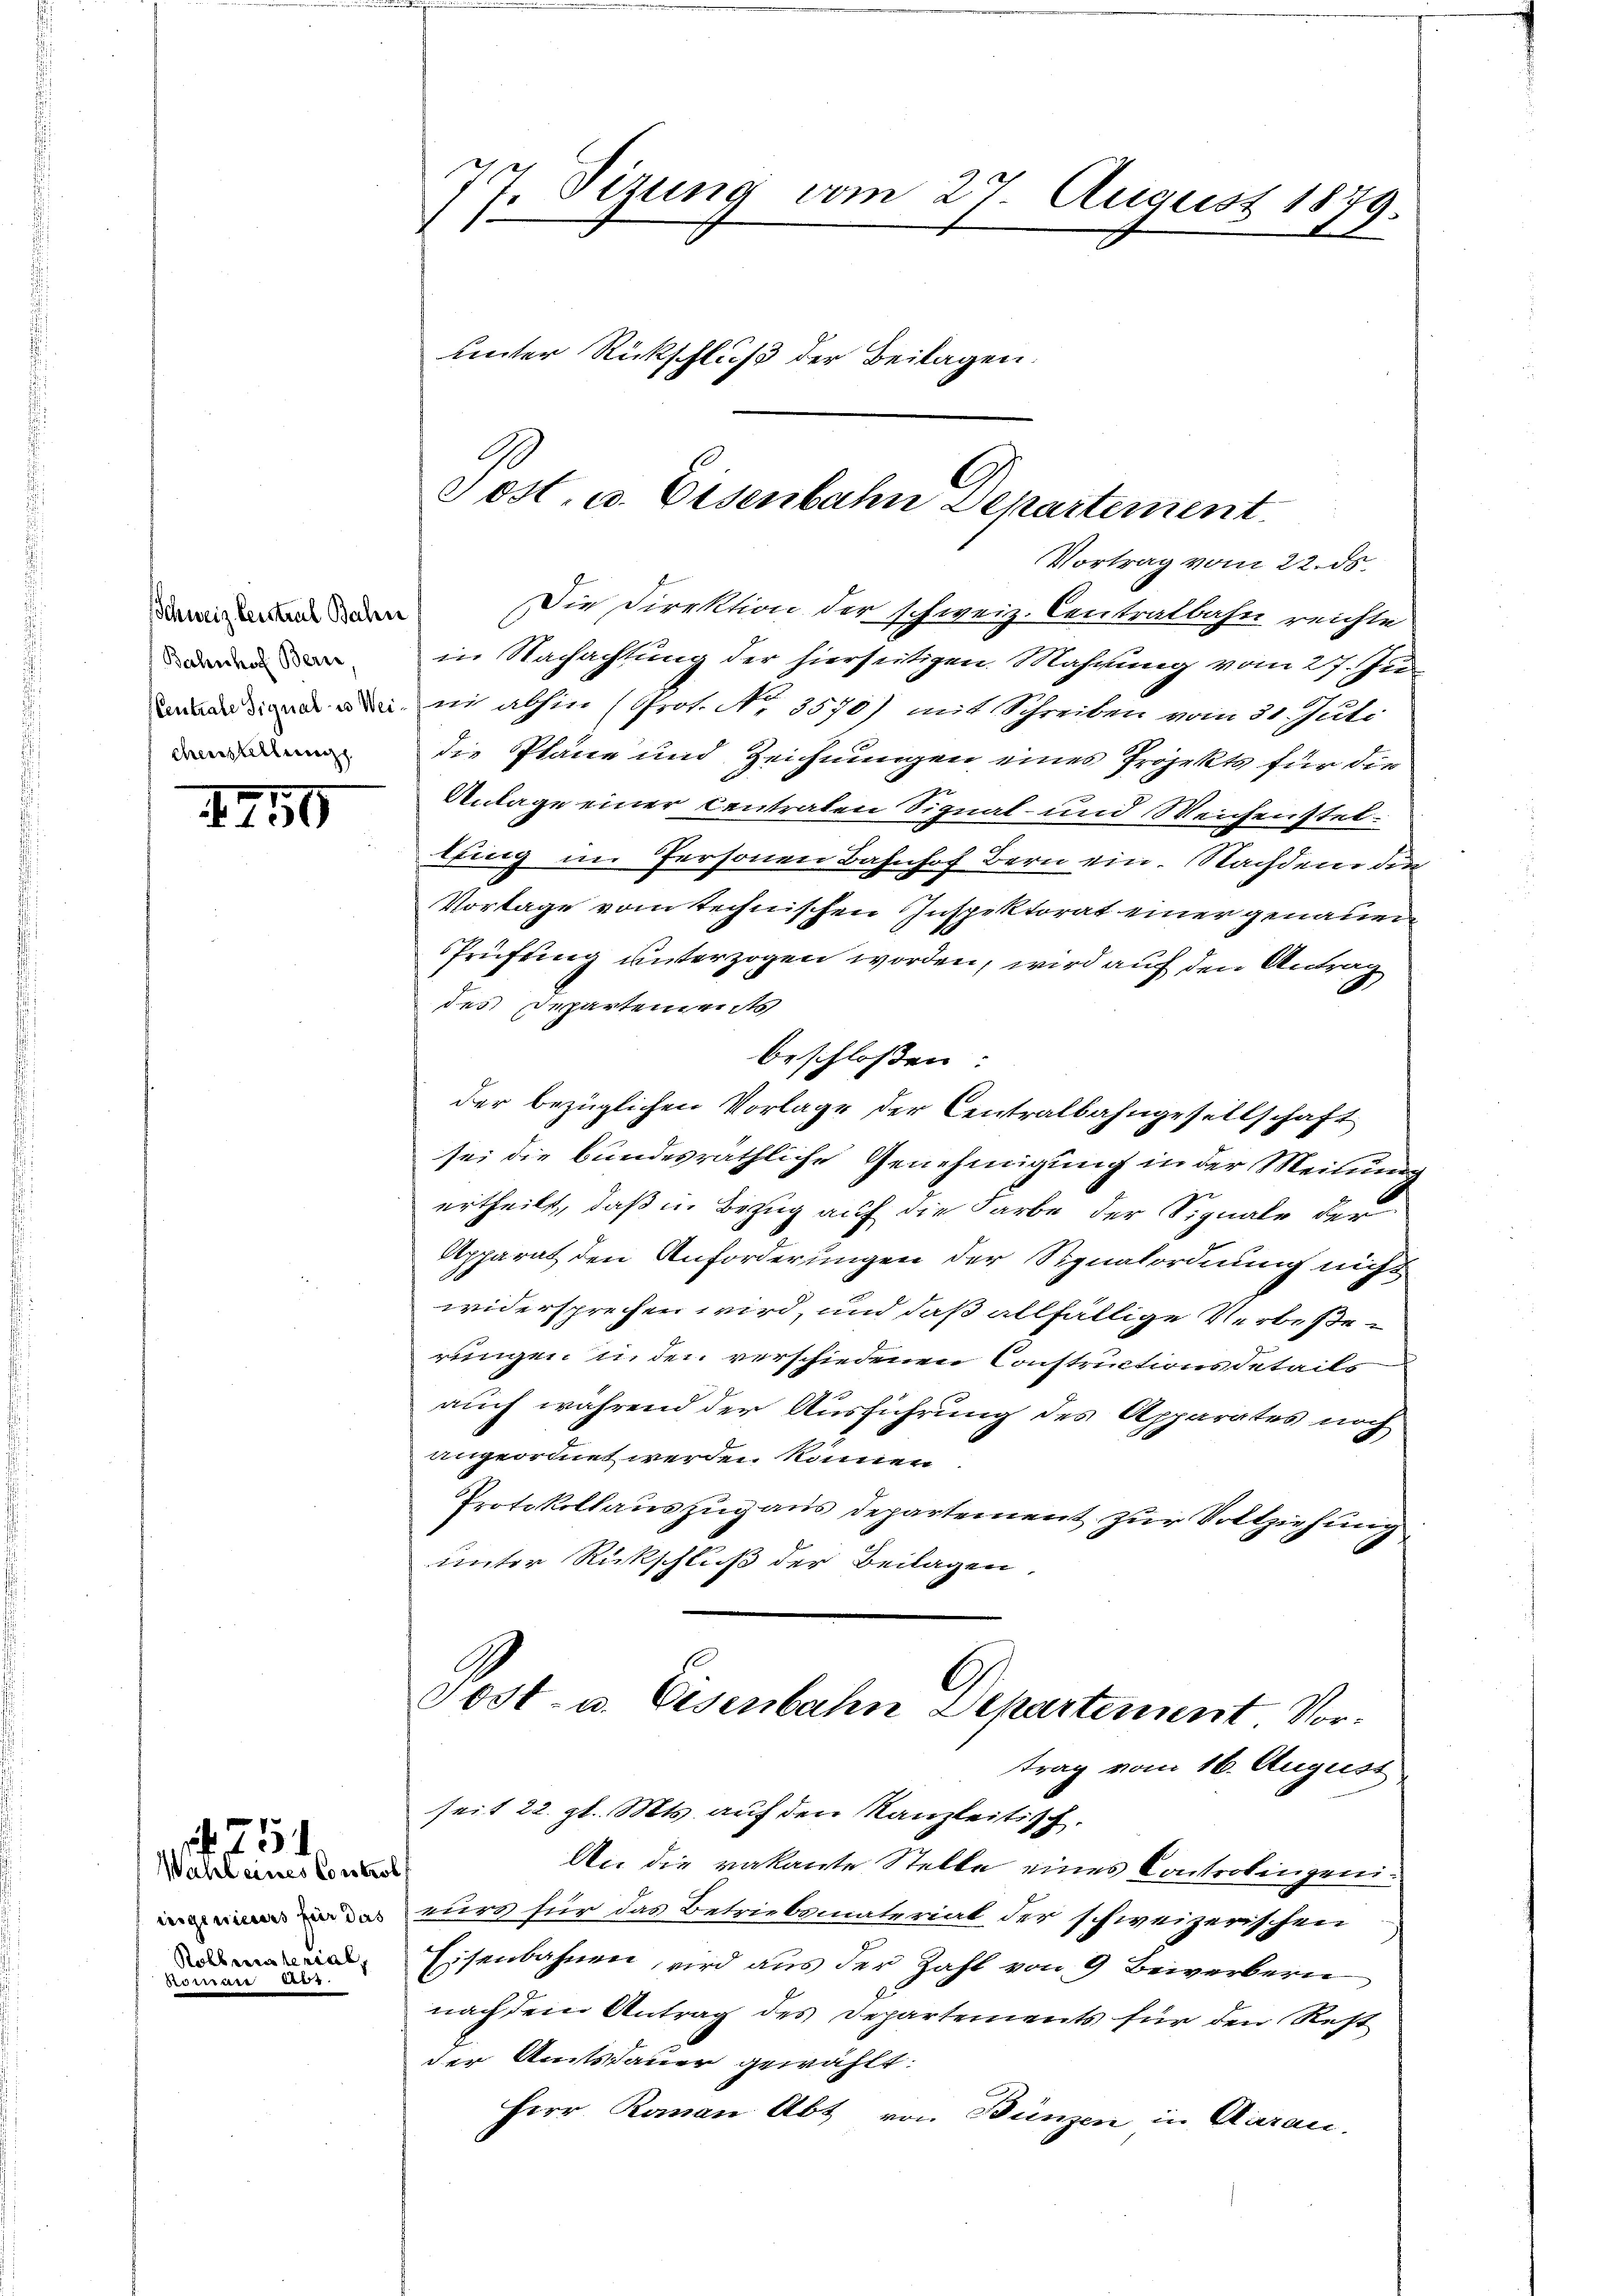
Schweiz besstral Bahn
Bahnhof Bern
chenstellung

II 159

Wahl eines Control
nomen Au

75

Vortrag vom 22. ds.
Die Direktion der schweiz. Centralbahn reichte
in Nachachtung der hierseitigen. Mahrung vom 27. Ju
din den in abhin (Prot. No. 3570) mit Schreiben vom 31. Juli
die Pläne und Zeichnungen eines Projekts für die
Antage einer Centraten Signal- und Weichenstellfing im Personen Bahnhof Bern ein. Nachdem die
Vorlage vom technischen Inspektorat einer genaue
Prüfung unterzogen worden, wird auf den Antrag
des Departements
beschloßen:
der bezüglichen Vorlage der Centralbahngesellschaft
sei die bundesräthliche Genehmigung in der Meinung
ertheilt, daß in Bezug auf die Farbe der Signale der
Apparat den Anforderungen der Signalordnung nicht
widersprechen wird, und daß allfällige Verbeßerungen u. der verschiedenen Constructions details
auch während der Ausführung des Apparates noch
angeordnet werden können.
Protokollauszug aus departement zur Vollziehung
unter Rückschluß der Beilagen.
Post- u. Eisenbahn Departement Vortrag vom 16. August
seit 22. gl. Mts. auf den Kanzleitisch.
An die vakante Stelle eines Controlingenieurs für das Betriebsmaterial der schweizerischen
 Eisenbahnen, wird aus der Zahl von 9 Beiverbern
nach dem Antrag des Departements für den Rest
der Amtsdauer gewählt:
Herr Roman Abt von Bünzen in Aarau,

7. Sizung vom 27. August 1879.
1
unter Rückschluß der Beilagen.

Tost. u. Eisenbahn Departement.